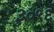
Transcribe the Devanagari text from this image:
३०९६